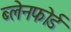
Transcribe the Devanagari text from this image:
ब्लेनफोर्ड